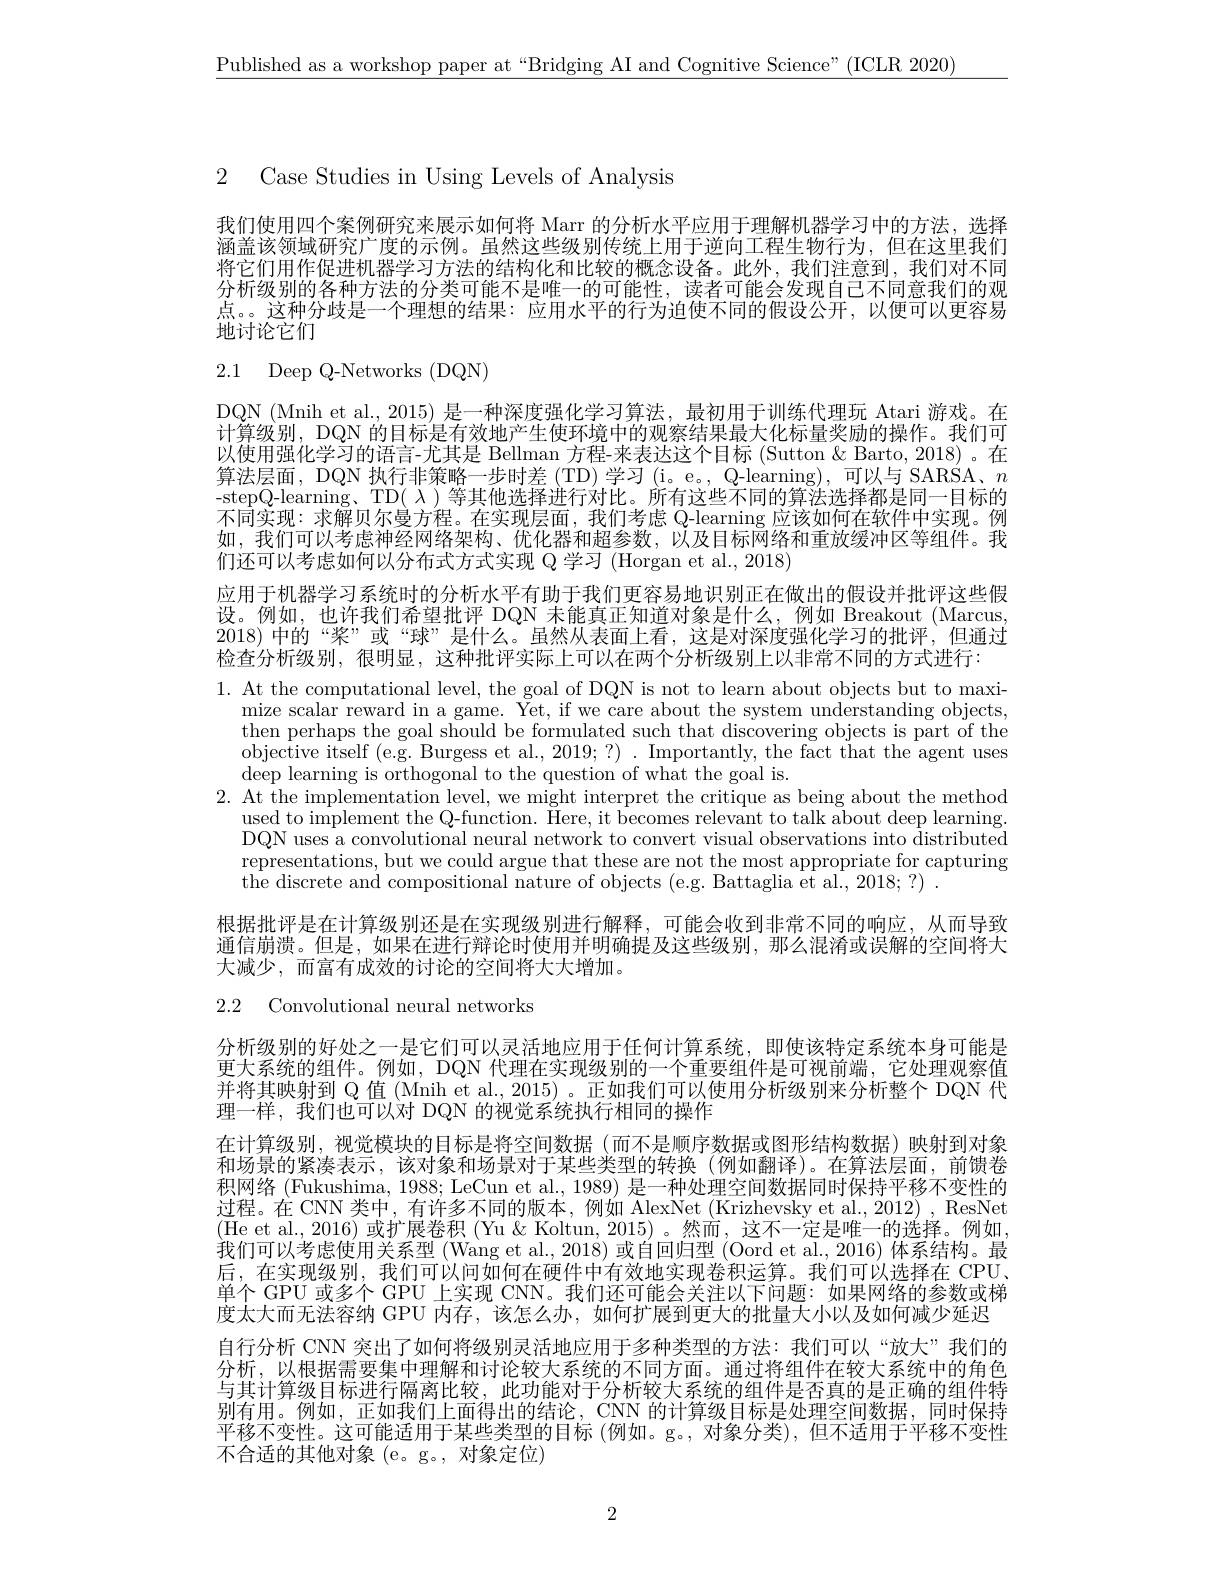
$\underline{\text{Published as a workshop paper at“Bridging AI and Cognitive Science”(ICLR 2020)}}$

2 Case Studies in Using Levels of Analysis

我们使用四个案例研究来展示如何将 Marr 的分析水平应用于理解机器学习中的方法，选择涵盖该领域研究广度的示例。虽然这些级别传统上用于逆向工程生物行为，但在这里我们将它们用作促进机器学习方法的结构化和比较的概念设备。此外，我们注意到，我们对不同分析级别的各种方法的分类可能不是唯一的可能性，读者可能会发现自己不同意我们的观点。。这种分歧是一个理想的结果：应用水平的行为迫使不同的假设公开，以便可以更容易地讨论它们

# 2.1 Deep Q-Networks(DQN)

DQN (Mnih et al., 2015) 是一种深度强化学习算法，最初用于训练代理玩 Atari 游戏。在计算级别，DQN 的目标是有效地产生使环境中的观察结果最大化标量奖励的操作。我们可以使用强化学习的语言-尤其是 Bellman 方程-来表达这个目标 (Sutton & Barto, 2018) 。在算法层面，DQN 执行非策略一步时差 (TD) 学习 (i。e。, Q-learning), 可以与 SARSA、$n$ -stepQ-learning、TD($\lambda)等其他选择进行对比。所有这些不同的算法选择都是同一目标的$ 不同实现：求解贝尔曼方程。在实现层面，我们考虑 Q-learning 应该如何在软件中实现。例如，我们可以考虑神经网络架构、优化器和超参数，以及目标网络和重放缓冲区等组件。我们还可以考虑如何以分布式方式实现 Q 学习 (Horgan et al., 2018)

应用于机器学习系统时的分析水平有助于我们更容易地识别正在做出的假设并批评这些假

设。例如，也许我们希望批评 DQN 未能真正知道对象是什么，例如 Breakout (Marcus

2018)中的“桨”或“球”是什么。虽然从表面上看，这是对深度强化学习的批评，但通过

检查分析级别，很明显，这种批评实际上可以在两个分析级别上以非常不同的方式进行：
1. At the computational level, the goal of DQN is not to learn about objects but to maxi-
mize scalar reward in a game. $\bar{Yet, if we care about the system understanding objects, }$ then perhaps the goal should be formulated such that discovering objects is part of the objective itself (e.g. Burgess et al., 2019; ?) . Importantly, the fact that the agent uses deep learning is orthogonal to the question of what the goal is.
2. At the implementation level, we might interpret the critique as being about the method
used to implement the Q- function. Here, it becomes relevant to talk about deep learning used to implement the Q- function. Here, it becomes relevant to talk about deep learning DQN uses a convolutional neural network to convert visual observations into distributed representations, but we could argue that these are not the most appropriate for capturing $\bar{\text{the discrete and compositional nature of objects ( e. g. Battaglia et al. , 2018; ? ) }}$ .
根据批评是在计算级别还是在实现级别进行解释，可能会收到非常不同的响应，从而导致通信崩溃。但是，如果在进行辩论时使用并明确提及这些级别，那么混淆或误解的空间将大大减少，而富有成效的讨论的空间将大大增加。

2.2 Convolutional neural networks

分析级别的好处之一是它们可以灵活地应用于任何计算系统，即使该特定系统本身可能是更大系统的组件。例如，DQN 代理在实现级别的一个重要组件是可视前端，它处理观察值并将其映射到 Q 值 (Mnih et al., 2015) 。正如我们可以使用分析级别来分析整个 DQN 代理一样，我们也可以对 DQN 的视觉系统执行相同的操作
在计算级别，视觉模块的目标是将空间数据(而不是顺序数据或图形结构数据)映射到对象和场景的紧凑表示，该对象和场景对于某些类型的转换(例如翻译)。在算法层面，前馈卷积网络 (Fukushima, 1988; LeCun et al., 1989) 是一种处理空间数据同时保持平移不变性的过程。在 CNN 类中，有许多不同的版本，例如 AlexNet (Krizhevsky et al., 2012) , ResNet (He et al., 2016) 或扩展卷积 (Yu & Koltun, 2015)。然而，这不一定是唯一的选择。例如我们可以考虑使用关系型 (Wang et al., 2018) 或自回归型 (Oord et al., 2016) 体系结构。最后，在实现级别，我们可以问如何在硬件中有效地实现卷积运算。我们可以选择在 CPU, 单个 GPU 或多个 GPU 上实现 CNN。我们还可能会关注以下问题：如果网络的参数或梯度太大而无法容纳 GPU 内存，该怎么办，如何扩展到更大的批量大小以及如何减少延迟自行分析 CNN 突出了如何将级别灵活地应用于多种类型的方法：我们可以“放大”我们的分析，以根据需要集中理解和讨论较大系统的不同方面。通过将组件在较大系统中的角色与其计算级目标进行隔离比较，此功能对于分析较大系统的组件是否真的是正确的组件特别有用。例如，正如我们上面得出的结论，CNN 的计算级目标是处理空间数据，同时保持平移不变性。这可能适用于某些类型的目标 (例如。g。,对象分类),但不适用于平移不变性不合适的其他对象(e。g。, 对象定位)

2